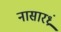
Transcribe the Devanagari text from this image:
नासारध्रं